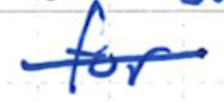
Text: for
Cross-out: single-line
Writing tool: ballpoint